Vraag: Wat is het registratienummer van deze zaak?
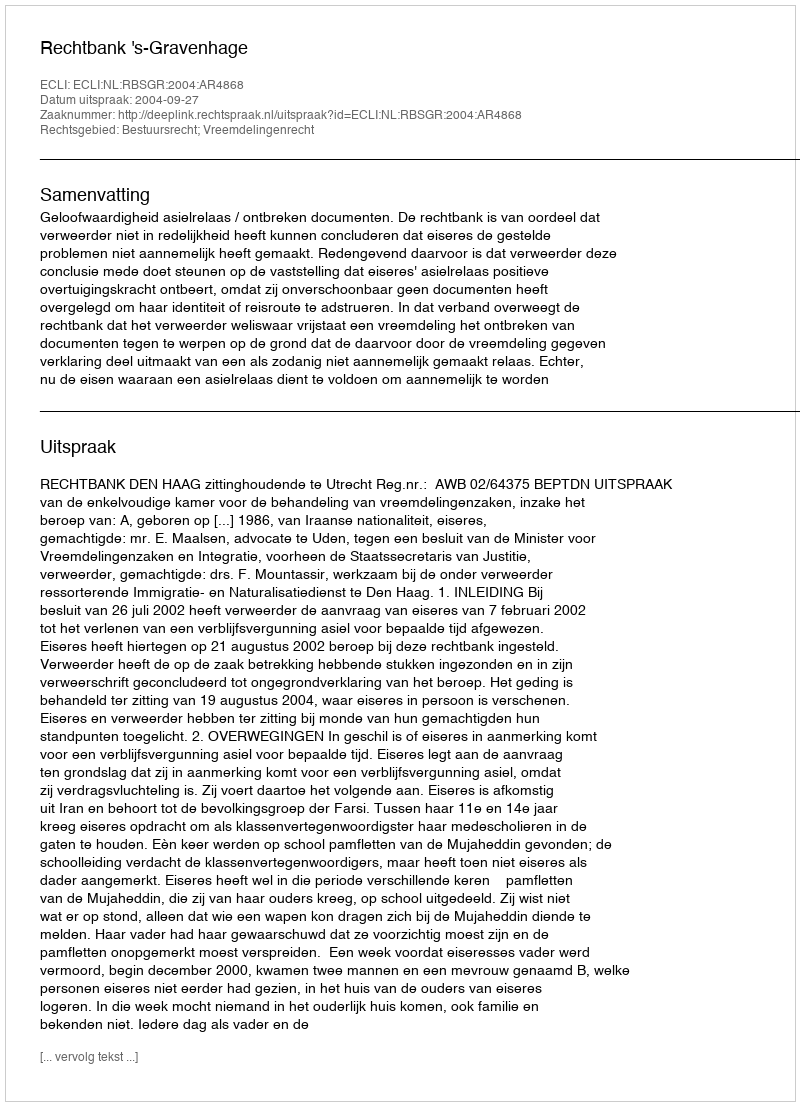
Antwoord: http://deeplink.rechtspraak.nl/uitspraak?id=ECLI:NL:RBSGR:2004:AR4868